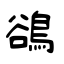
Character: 鵒